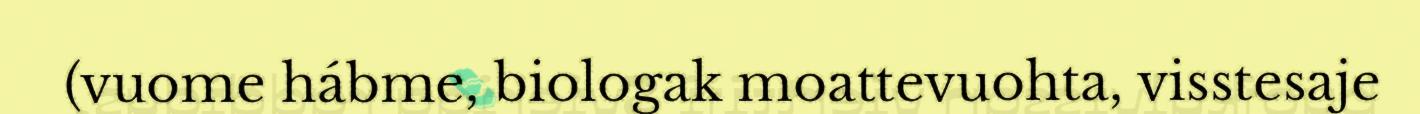
(vuome hábme, biologak moattevuohta, visstesaje